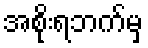
အစိုးရဘက်မှ